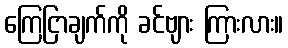
ကြေငြာချက်ကို ခင်ဗျား ကြားလား။